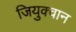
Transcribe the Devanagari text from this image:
जियुक्वान